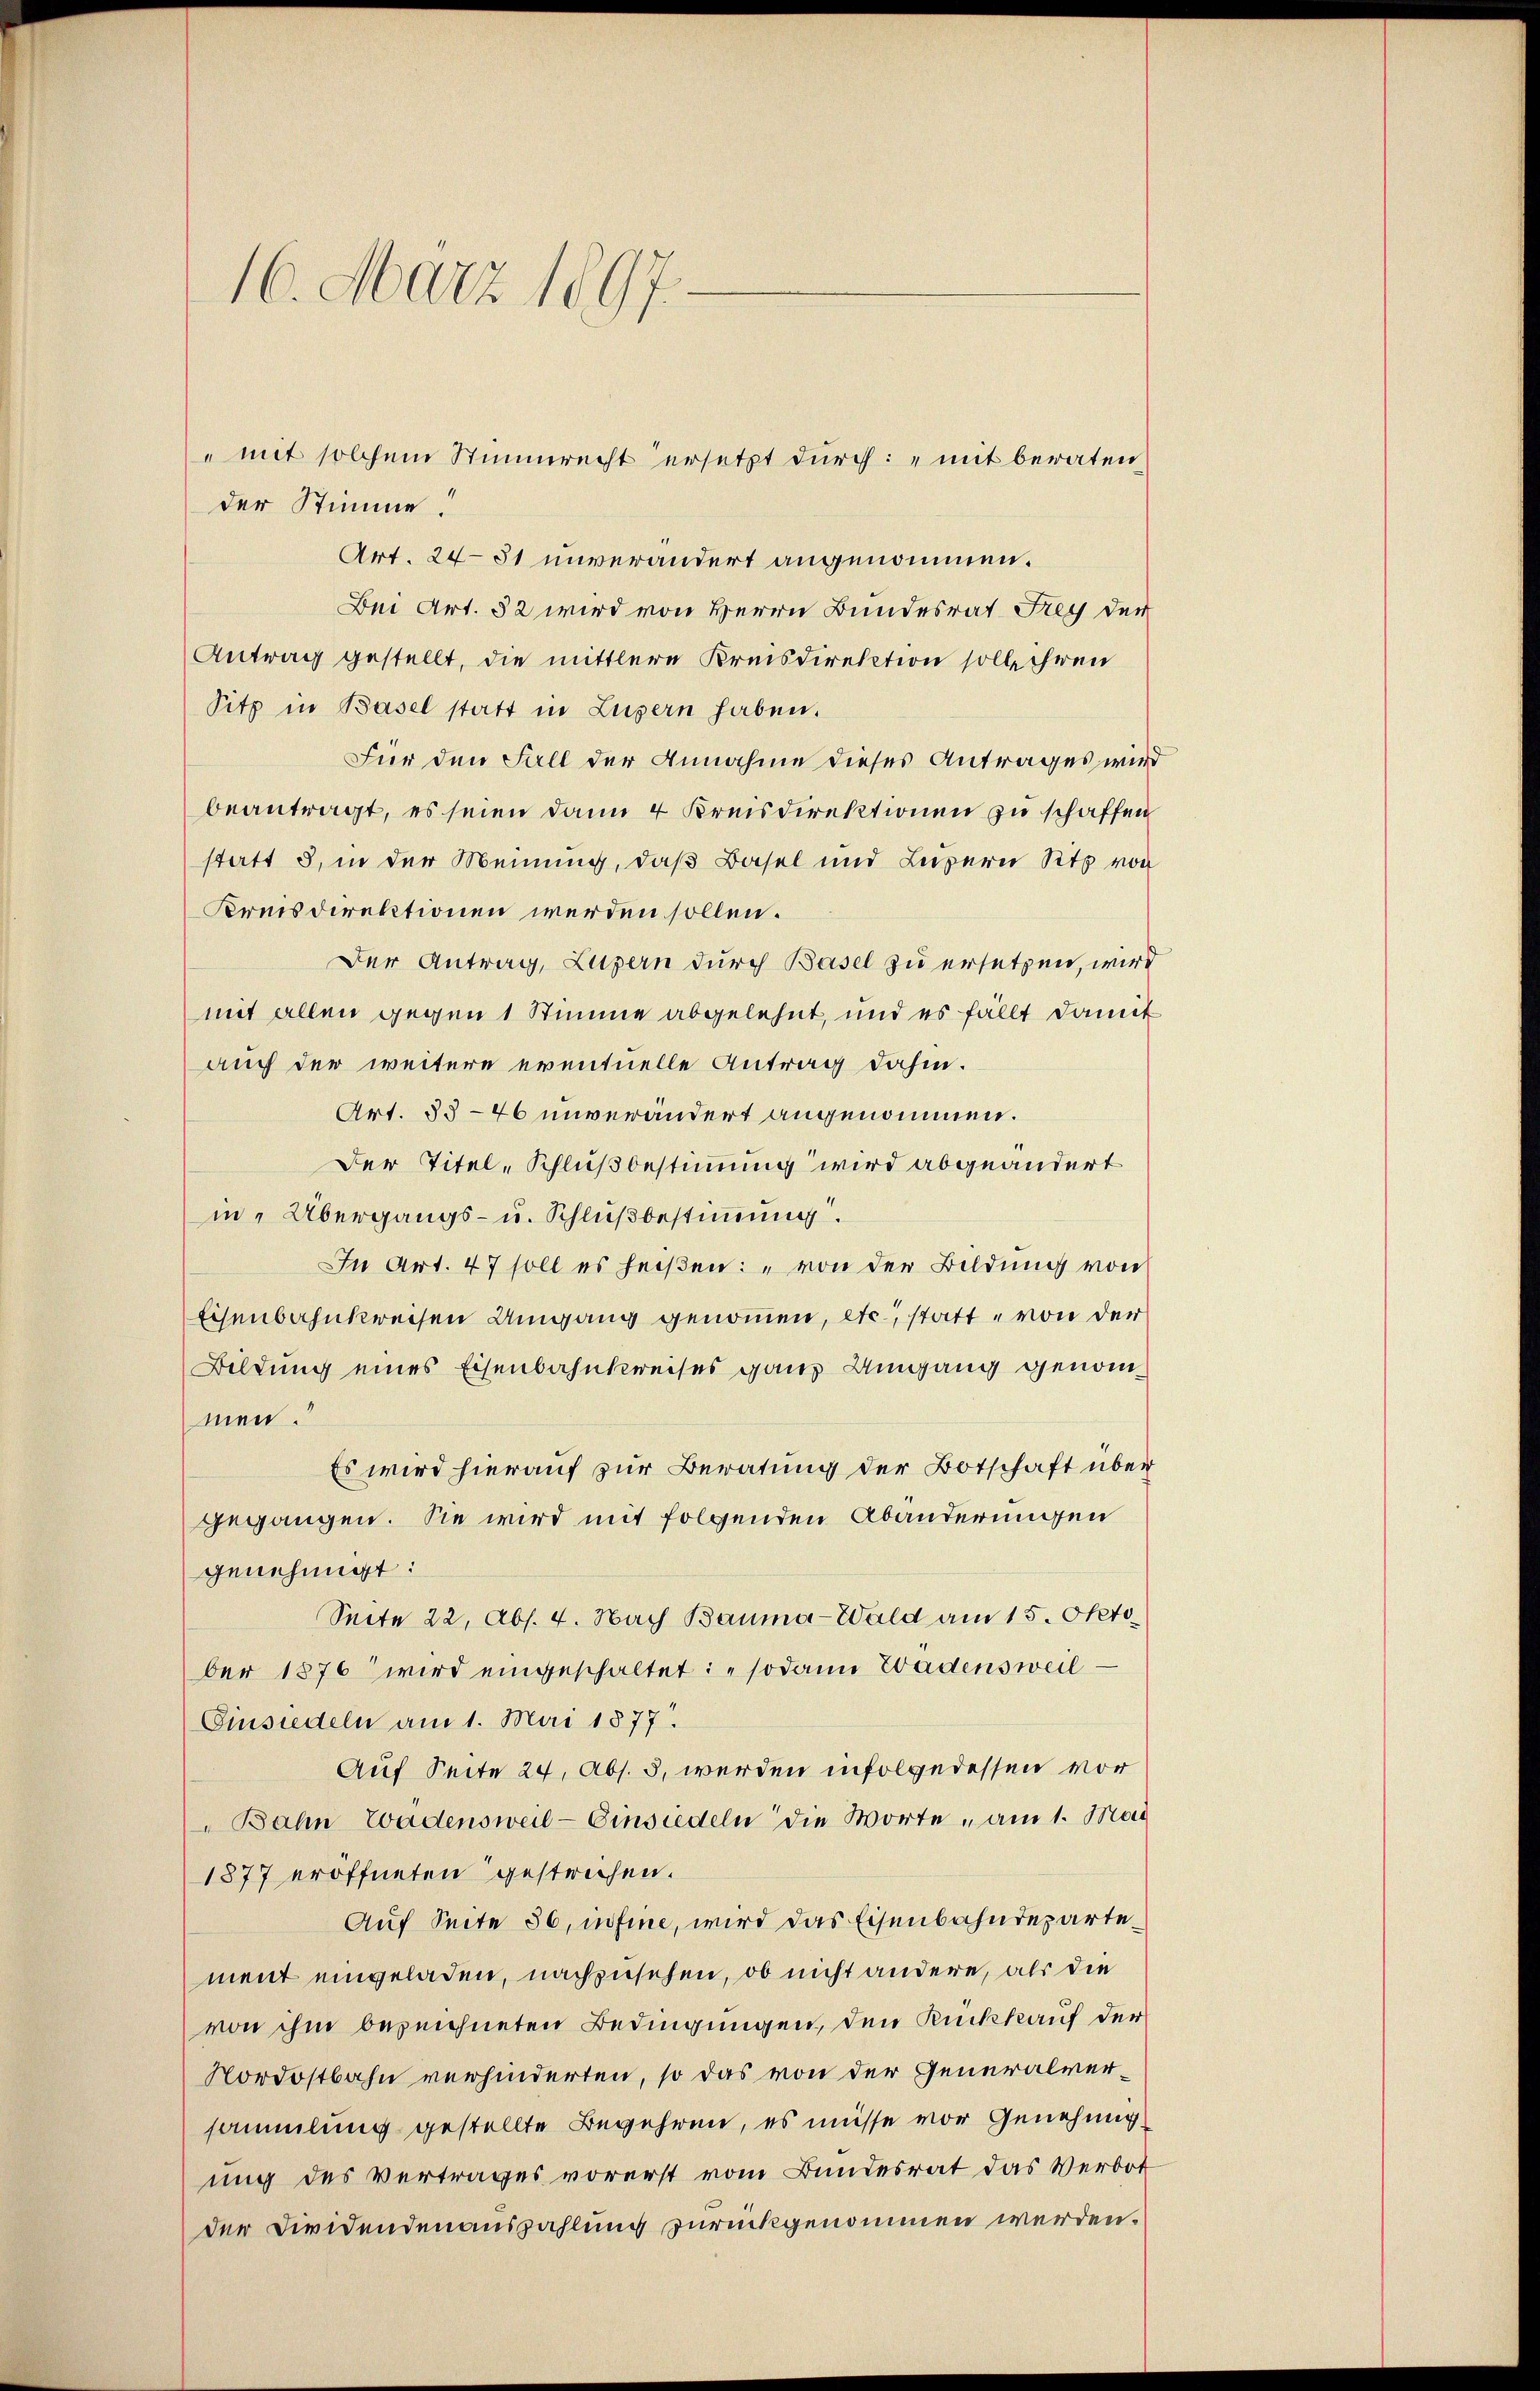
16. März 1897.

der Stimme.
Art. 2481 unverändert angenommen.
Bei Art. 52 wird von Herrn Bundesrat Frey der
Antrag gestellt, die mittlere Kreisdirektion soll ihren
Sitz in Basel statt in Luzern haben.
Für den Fall der Annahme dieses Antrages wird
beantragt, es seien dann 4 Kreisdirektionen zu schaffen
statt 5, in der Meinung, daß Basel und Luzern Sitz von
Kreisdirektionen werden sollen.
Der Antrag, Luzern durch Basel zu ersetzen, wird
mit allen gegen 1 Stimme abgelehnt, und es fällt damit
auch der weitere eventuelle Antrag dahin.
Art. 35-46 unverändert angenommen.
Der Titel, Schlußbestimmung wird abgeändert
in Übergangs- u. Schlußbestimmung.
In Art. 47 soll es heißen: „von der Bildung von
Eisenbahnkreisen Umgang genommen, etc., statt von der
Bildung eines Eisenbahnkreises ganz Umgang genommen.
Es wird hierauf zur Beratung der Botschaft über
gegangen. Sie wird mit folgenden Abänderungen
genehmigt:
Seite 22, Abs. 4. Nach Bauma-Wald am 15. Okto
ber 1876 wird eingeschaltet: "sodann Wadensweil
Einsiedeln am 1. Mai 1877.
Auf Seite 24. Abs. 3, werden infolgedessen vor
Bahn Wadensweil–Einsiedeln die Worte, am 1. Mai
1877 eröffneten gestrichen.
Auf Seite 36, in fine, wird das Eisenbahndepartement eingeladen, nachzusehen, ob nicht andere, als die
von ihm bezeichneten Bedingungen, den Rückkauf der
Nordostbahn verhinderten, so das von der Generalversammlung gestellte Begehren, es müsse vor Genehmig
ung des vertrages vorerst vom Bundesrat das Verbot
der Dividendenauszahlung zurückgenommen werden.

" mit solchem Stimmrecht ersetzt durch: „mit beraten